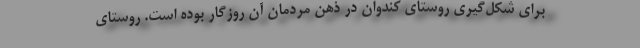
برای شکل‌گیری روستای کندوان در ذهن مردمان آن روزگار بوده است. روستای